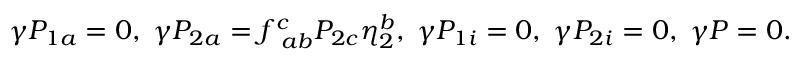
\gamma { \cal P } _ { 1 a } = 0 , \; \gamma { \cal P } _ { 2 a } = f _ { \; \; a b } ^ { c } { \cal P } _ { 2 c } \eta _ { 2 } ^ { b } , \; \gamma { \cal P } _ { 1 i } = 0 , \; \gamma { \cal P } _ { 2 i } = 0 , \; \gamma { \cal P } = 0 .